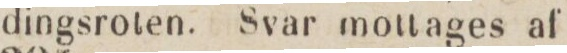
dingsroten. Svar mottages af